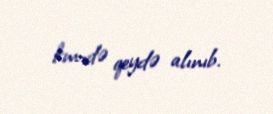
km-də qeydə alınıb.